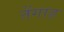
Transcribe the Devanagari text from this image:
तेंगाह